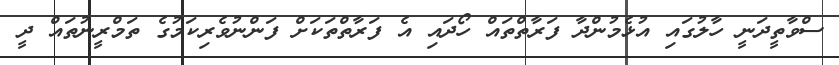
ސްވާތީދަނީ ހާލުގައި އުޅެމުންދާ ފަރާތްތައް ހޯދައި އެ ފަރާތްތަކަށް ފަންނުވެރިކަމުގެ ތަމްރީނުތައް ދީ